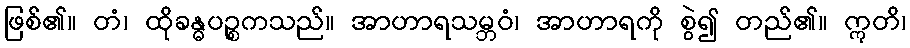
ဖြစ်၏။ တံ၊ ထိုခန္ဓပဉ္စကသည်။ အာဟာရသမ္ဘဝံ၊ အာဟာရကို စွဲ၍ တည်၏။ ဣတိ၊